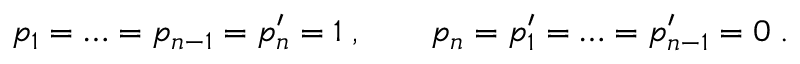
p _ { 1 } = \ldots = p _ { n - 1 } = p _ { n } ^ { \prime } = 1 \; , \qquad p _ { n } = p _ { 1 } ^ { \prime } = \ldots = p _ { n - 1 } ^ { \prime } = 0 \; .